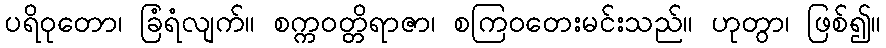
ပရိဝုတော၊ ခြံရံလျက်။ စက္ကဝတ္တိရာဇာ၊ စကြဝတေးမင်းသည်။ ဟုတွာ၊ ဖြစ်၍။